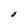
Character: O